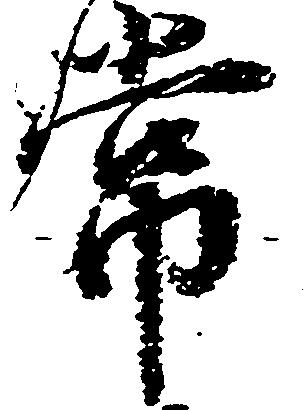
常